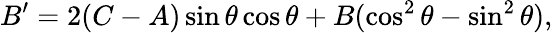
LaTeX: B^{\prime}=2(C-A)\sin\theta\cos\theta+B(\cos^{2}\theta-\sin^{2}\theta),